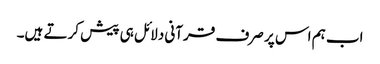
اب ہم اس پر صرف قرآنی دلائل ہی پیش کرتے ہیں۔